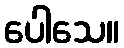
ပေါသေ။